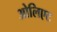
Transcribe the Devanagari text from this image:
ओलिएट